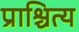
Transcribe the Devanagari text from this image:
प्राश्चित्य